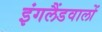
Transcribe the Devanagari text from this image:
इंगलैंडवालों